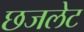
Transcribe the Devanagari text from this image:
छजलेट